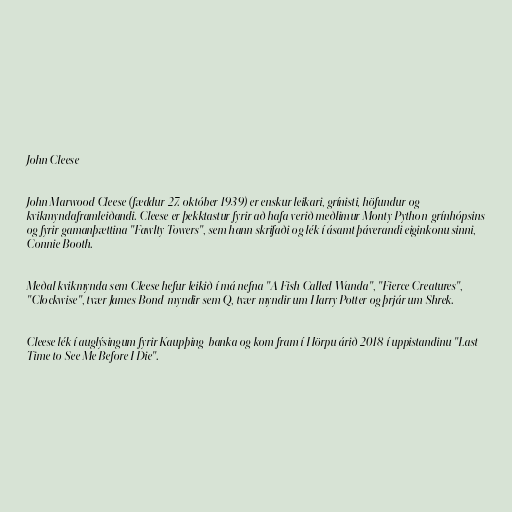
John Cleese

John Marwood Cleese (fæddur 27. október 1939) er enskur leikari, grínisti, höfundur og
kvikmyndaframleiðandi. Cleese er þekktastur fyrir að hafa verið meðlimur Monty Python-grínhópsins
og fyrir gamanþættina "Fawlty Towers", sem hann skrifaði og lék í ásamt þáverandi eiginkonu sinni,
Connie Booth.

Meðal kvikmynda sem Cleese hefur leikið í má nefna "A Fish Called Wanda", "Fierce Creatures",
"Clockwise", tvær James Bond-myndir sem Q, tvær myndir um Harry Potter og þrjár um Shrek.

Cleese lék í auglýsingum fyrir Kaupþing-banka og kom fram í Hörpu árið 2018 í uppistandinu "Last
Time to See Me Before I Die".